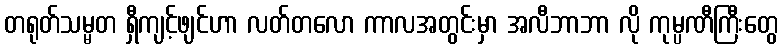
တရုတ်သမ္မတ ရှီကျင့်ဖျင်ဟာ လတ်တလော ကာလအတွင်းမှာ အလီဘာဘာ လို ကုမ္ပဏီကြီးတွေ